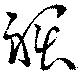
裾